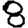
Digit: 8